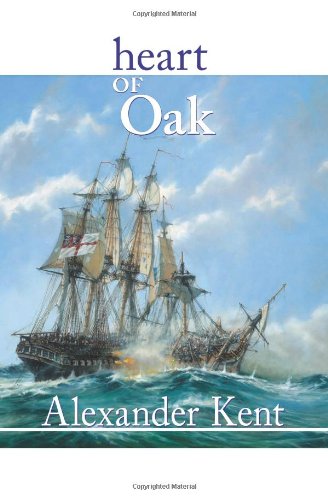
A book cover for Heart of Oak: The Bolitho Novels #27; Alexander Kent; Literature & Fiction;